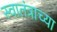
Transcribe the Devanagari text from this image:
स्वातंत्राच्या